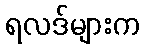
ရလဒ်များက